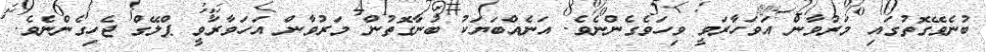
ބުނެވޭގޮތުގައި މަރުވާން އަވަހާރަވީ ވިހަވެގެންނެވެ. އަނެއްބަޔަކު ބުނާގޮތުން މަރުވާން އަހަވާރަވީ ޕްލޭގް ޖެހިގެންނެވެ.